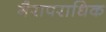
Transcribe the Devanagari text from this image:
गैरापराधिक